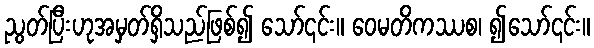
ညွတ်ပြီးဟုအမှတ်ရှိသည်ဖြစ်၍ သော်၎င်း။ ဝေမတိကဿစ၊ ၍သော်၎င်း။